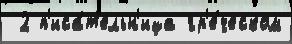
 2 п'иса́т'ельн'ица гр'е́ческом